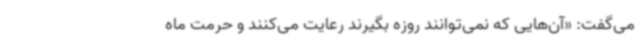
می‌گفت: «آن‌هایی که نمی‌توانند روزه بگیرند رعایت می‌کنند و حرمت ماه